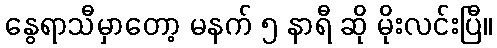
နွေရာသီမှာတော့ မနက် ၅ နာရီ ဆို မိုးလင်းပြီ။